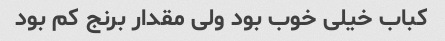
کباب خیلی خوب بود ولی مقدار برنج کم بود